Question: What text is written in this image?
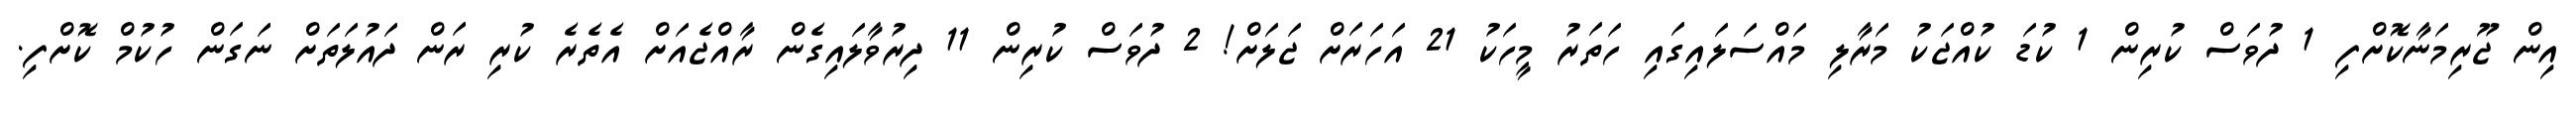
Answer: އިން ޖޫރިމަނާކޮށްފި 1 ދުވަސް ކުރިން 1 ކުޑަ ކުއްޖަކު މަރާލި މައްސަލައިގައި ހަތަރު މީހަކު 21 އަހަރަށް ޖަލަށް! 2 ދުވަސް ކުރިން 11 ދިރުވާލައިގެން ރާއްޖެއަށް އެތެރެ ކުރި ރަން ދައުލަތަށް ނަގަން ހުކުމް ކޮށްފި.